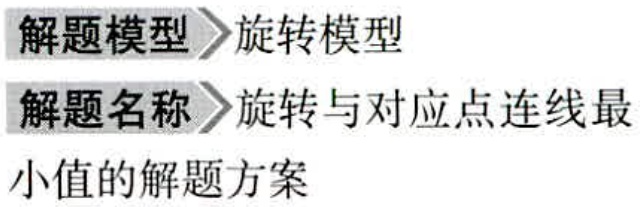
\begin{description}
\item[解题模型] 旋转模型
\item[解题名称] 旋转与对应点连线最小值的解题方案
\end{description}